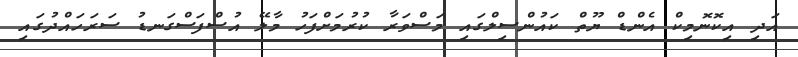
އަދި އިކޮނޮމިކް އެންޑް ޔޫތް ކައުންސިލްގައި މަސްވަރާ ކުރުމަށްފަހު މާލޭ އުސްފަސްގަނޑު ސަރަހައްދުގައި